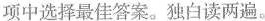
项中选择最佳答案.独白读两遍。